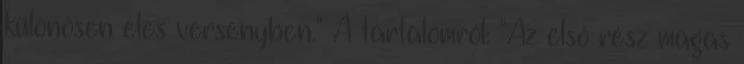
különösen éles versenyben." A tartalomról: "Az első rész magas